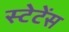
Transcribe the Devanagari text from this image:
स्टेटेंस